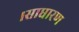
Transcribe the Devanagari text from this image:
।साधारण